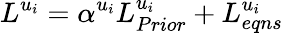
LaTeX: {{L}^{u_{i}}}=\alpha^{u_{i}}L_{Prior}^{u_{i}}+L_{eqns}^{u_{i}}